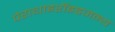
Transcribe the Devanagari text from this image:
पेराथाइरॉइडजन्य